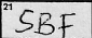
Transcription: SBF